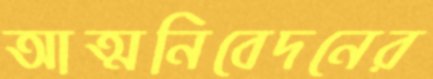
আত্মনিবেদনের